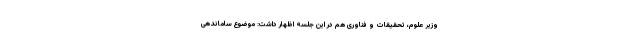
وزیر علوم، تحقیقات و فناوری هم در این جلسه اظهار داشت: موضوع ساماندهی